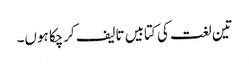
تین لغت کی کتابیں تالیف کرچکا ہوں۔